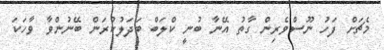
މެޗަށް ފަހު ނޫސްވެރިން ގާތު އޭނާ ބުނީ ކްލަބް ބަދަލުކުރަން ބޭނުންވާ ވާހަކަ